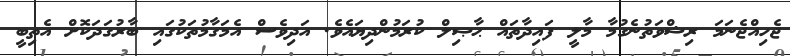
ޖެހިއްޖެނަމަ ރިޝްވަތުނެގުމާ މާލީ ފައިދާތައް ޙާޞިލް ކުރަމުންދިޔައެވެ. އަދިވެސް އެމަގާމުތަކުގައި ބާރުގަދަކޮށް އެތިބީ